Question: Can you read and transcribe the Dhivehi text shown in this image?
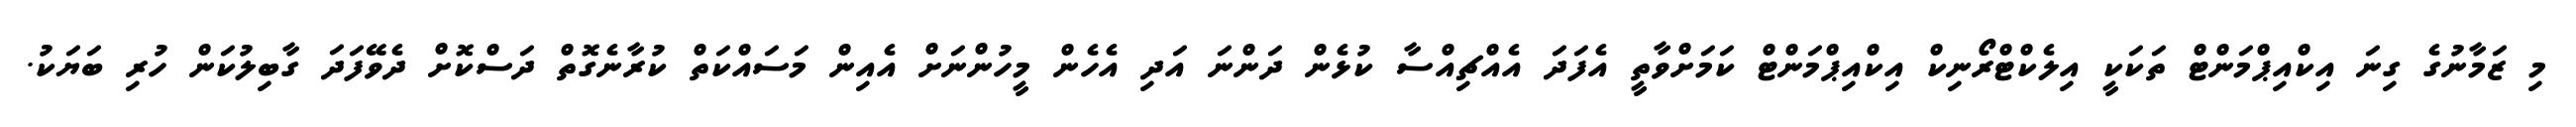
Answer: މި ޒަމާނުގެ ގިނަ އިކްއިޕްމަންޓް ތަކަކީ އިލެކްޓްރޯނިކް އިކްއިޕްމަންޓް ކަމަށްވާތީ އެފަދަ އެއްޗިއްސާ ކުޅެން ދަންނަ އަދި އެހެން މީހުންނަށް އެއިން މަސައްކަތް ކުރާނެގޮތް ދަސްކޮށް ދެވޭފަދަ ގާބިލުކަން ހުރި ބަޔަކު.